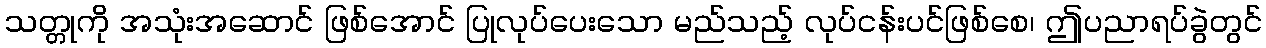
သတ္တုကို အသုံးအဆောင် ဖြစ်အောင် ပြုလုပ်ပေးသော မည်သည့် လုပ်ငန်းပင်ဖြစ်စေ၊ ဤပညာရပ်ခွဲတွင်